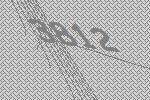
3812